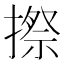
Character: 摖